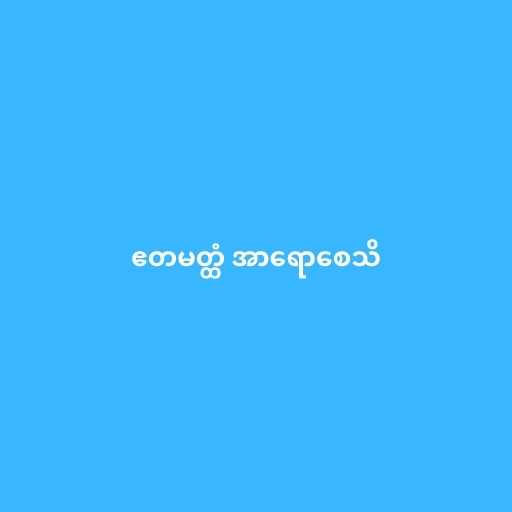
ဧတမတ္ထံ အာရောစေသိ